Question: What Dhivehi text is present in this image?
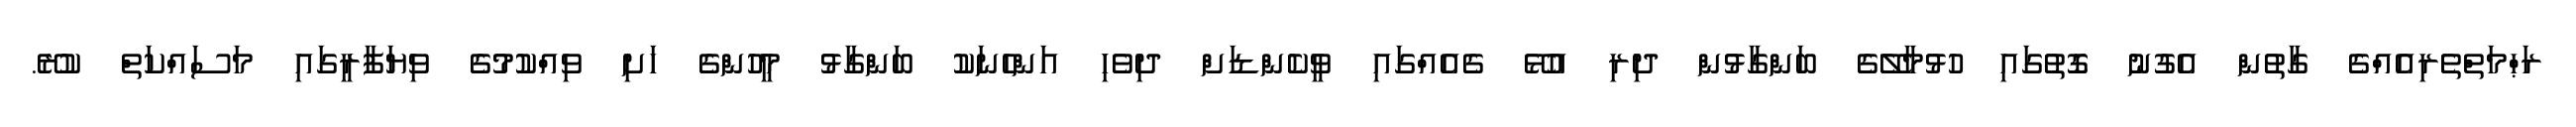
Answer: ރަޙްމަތްތެރިއެއްގެ ގާތުން އެގުނު ގޮތުގައި ހުޅުމާލޭގެ ބަންގާޅުން ދިރި އުޅޭ ގެއެއްގައި ވީކެންޑަށް ދިވެހި އަންހެނަކު ބަންގާޅު މީހުންގެ ހަށި ވިއްކުމުގެ ވިޔަފާރީގައި މަސައްކަތް ކުރޭ.